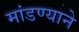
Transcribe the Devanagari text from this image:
मांडण्याने